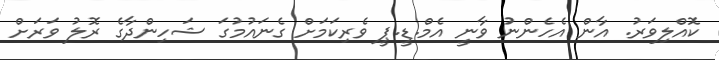
ކޮއްލިވަރު. އާން އެހެންނުު ވާނީ އެމް.ޑީ.ޕީ ވެރިކަމަށް ގެނައުމުގަ ޝަހިންދާގެ ރޮލު ވަރަށް